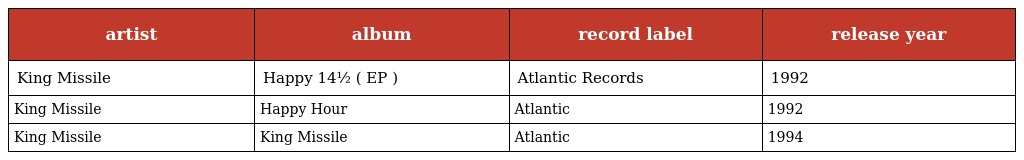
| artist | album | record label | release year |
 | --- | --- | --- | --- |
 | King Missile | Happy 14½ ( EP ) | Atlantic Records | 1992 |
 | King Missile | Happy Hour | Atlantic | 1992 |
 | King Missile | King Missile | Atlantic | 1994 |